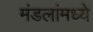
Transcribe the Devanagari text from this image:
मंडलांमध्ये